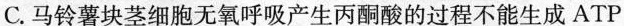
C.马铃薯块茎细胞无氧呼吸产生丙酮酸的过程不能生成ATP